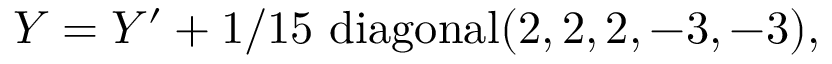
Y = Y ^ { \prime } + 1 / 1 5 ~ \mathrm { d i a g o n a l } ( 2 , 2 , 2 , - 3 , - 3 ) ,